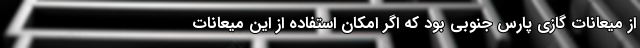
از میعانات گازی پارس جنوبی بود که اگر امکان استفاده از این میعانات